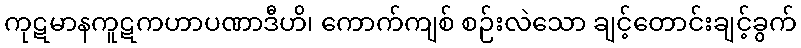
ကုဋမာနကူဋကဟာပဏာဒီဟိ၊ ကောက်ကျစ် စဉ်းလဲသော ချင့်တောင်းချင့်ခွက်